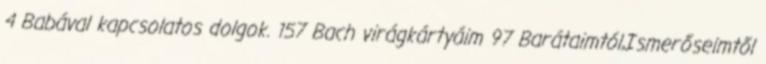
4 Babával kapcsolatos dolgok. 157 Bach virágkártyáim 97 Barátaimtól,Ismerőseimtől